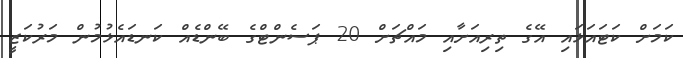
ކަމަށް ކަޓައަޅައި އޭގެ ތިރިއަށާއި މައްޗަށް 20 ޕަސެންޓްގެ ބޭންޑެއް ކަނޑައެޅުމުން މަރުކަޒީ